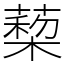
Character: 蔾